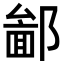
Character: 𨝣